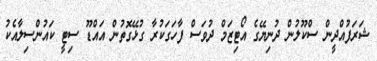
ޝަރަފުއްދީން ސްކޫލުން ދުނިޔޭގެ އޯޓިޒަމް ދުވަސް ފާހަގަކުރާ ގުޅޭގޮތުން އައްޑޫ ސިޓީ ކައުންސިލާއެކު